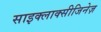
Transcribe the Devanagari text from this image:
साइक्लाक्सीजिनेज़